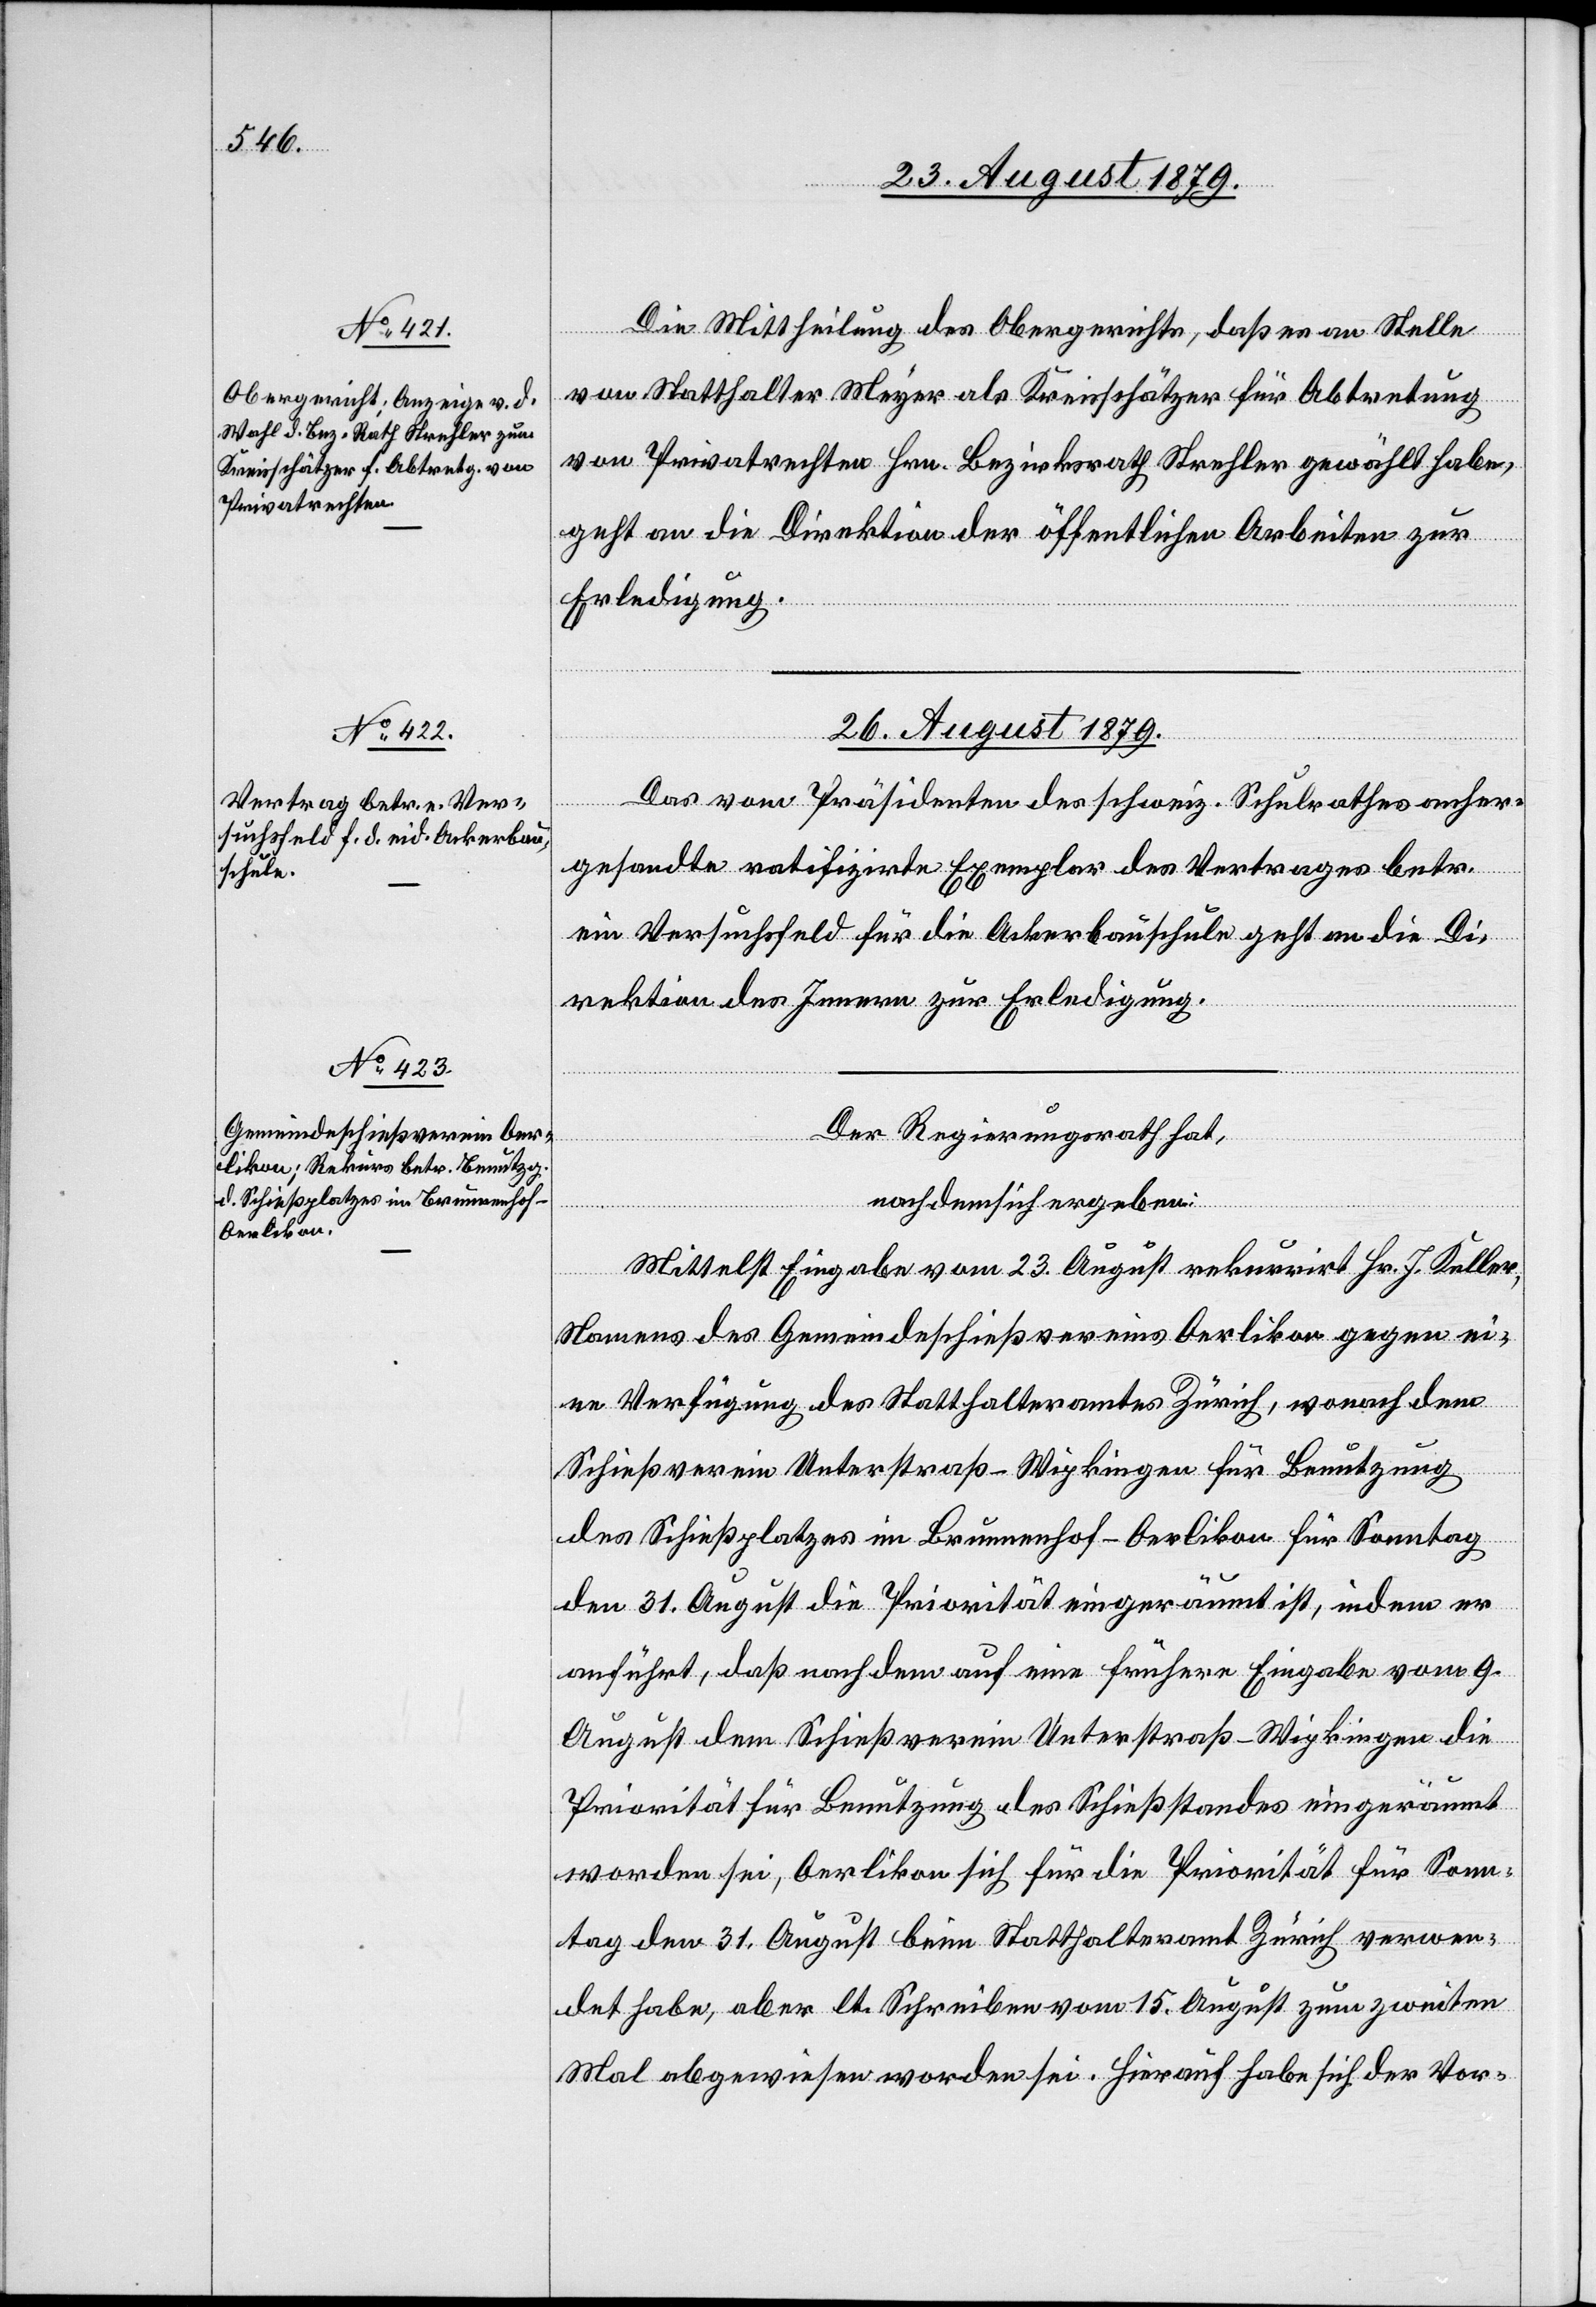
24. August 1879.]
Die Mittheilung des Obergerichts, daß es an Stelle
von Statthalter Meyer als Kreisschätzer für Abtretung
von Privatrechten Hrn. Bezirksrath Strehler gewählt habe,
geht an die Direktion der öffentlichen Arbeiten zur
Erledigung.
26. August 1879.]
Das vom Präsidenten des schweiz. Schulrathes anher¬
gesandte ratifizirende Exemplar des Vertrages betr.
ein Versuchsfeld für die Ackerbauschule geht an die Di¬
rektion des Innern zur Erledigung.
Der Regierungsrath hat,
nachdem sich ergeben:
Mittelst Eingabe vom 23. August rekurrirt Hr. J. Keller,
Namens des Gemeindeschießvereins Oerlikon gegen ei¬
ne Verfügung des Statthalteramtes Zürich, wonach dem
Schießverein Unterstraß-Wipkingen für Benutzung
des Schießplatzes im Brunnenhof - Oerlikon für Sonntag
den 31. August die Priorität eingeräumt ist, indem er
anführt, daß nachdem auf eine frühere Eingabe vom 9.
August dem Schießverein Unterstraß-Wipkingen die
Priorität für Benutzung des Schießstandes eingeräumt
worden sei, Oerlikon sich die Priorität für Sonn¬
tag den 31. August beim Statthalteramt Zürich verwen¬
det habe, aber lt. Schreiben vom 15. August zum zweiten
Mal abgewiesen worden sei. Hierauf habe sich der Vor-